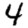
Digit: 4